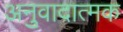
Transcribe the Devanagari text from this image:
अनुवादात्मक